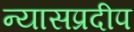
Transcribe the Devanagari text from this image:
न्यासप्रदीप